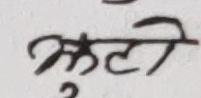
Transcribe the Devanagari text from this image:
झुटी